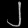
Digit: ၂